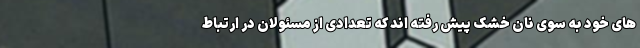
های خود به سوی نان خشک پیش رفته اند که تعدادی از مسئولان در ارتباط